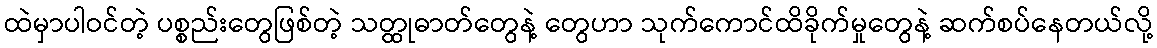
ထဲမှာပါဝင်တဲ့ ပစ္စည်းတွေဖြစ်တဲ့ သတ္ထုဓာတ်တွေနဲ့ တွေဟာ သုက်ကောင်ထိခိုက်မှုတွေနဲ့ ဆက်စပ်နေတယ်လို့